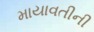
માયાવતીની